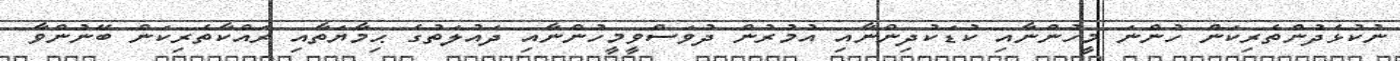
ނުކުޅެދުންތެރިކަން ހުންނަ މީހުންނާއި ކުޑަކުދިންނާއި އުމުރުން ދުވަސްވީމީހުންނާއި ދައުލަތުގެ ޙިމާޔަތާއި ރައްކާތެރިކަން ބޭނުންވާ